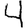
Digit: 4